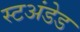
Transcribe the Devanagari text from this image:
स्टअंडेड